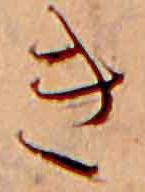
き